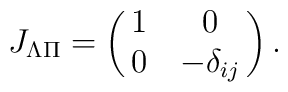
J_{\Lambda\Pi}=\left(\matrix{1&0\cr 0&-\delta_{ij}}\right).